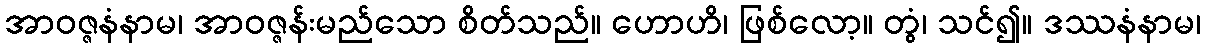
အာဝဇ္ဇနံနာမ၊ အာဝဇ္ဇန်းမည်သော စိတ်သည်။ ဟောဟိ၊ ဖြစ်လော့။ တွံ၊ သင်၍။ ဒဿနံနာမ၊